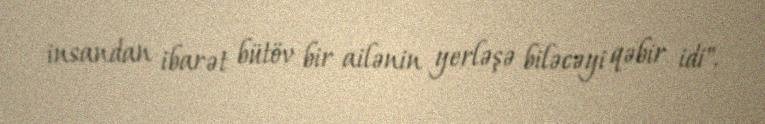
insandan ibarət bütöv bir ailənin yerləşə biləcəyi qəbir idi".